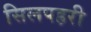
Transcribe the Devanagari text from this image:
सिलपहरी